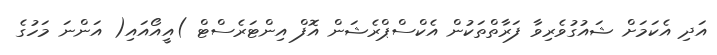
އަދި އެކަމަށް ޝައުގުވެރިވާ ފަރާތްތަކުން އެކްސްޕްރެޝަން އޮފް އިންޓަރެސްޓް )އީއޯއައި( އަންނަ މަހުގެ